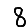
Digit: 8